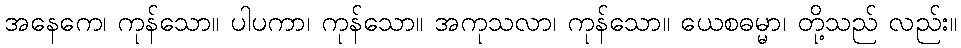
အနေကေ၊ ကုန်သော။ ပါပကာ၊ ကုန်သော။ အကုသလာ၊ ကုန်သော။ ယေစဓမ္မာ၊ တို့သည် လည်း။